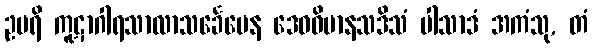
ဥပရိ ကူဋာဂါရသာလာသင်္ခေပေန ဒေဝဝိမာနသဒိသံ ပါသာဒံ အကံသု, တံ